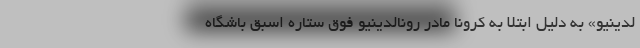
لدینیو» به دلیل ابتلا به کرونا مادر رونالدینیو فوق ستاره اسبق باشگاه